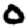
Digit: 0